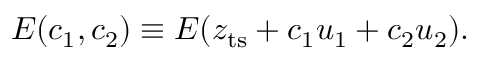
E ( c _ { 1 } , c _ { 2 } ) \equiv E ( z _ { \mathrm { t s } } + c _ { 1 } u _ { 1 } + c _ { 2 } u _ { 2 } ) .